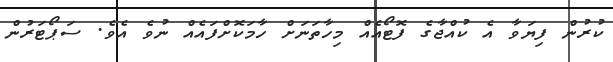
ކުރުން ފިޔަވާ އެ ކުއްޖާގެ ފޮޓޯއެއް މިހާތަނަށް ހާމަކޮށްފައެއް ނުވެ އެވެ. ސަޕޯޓަރުން